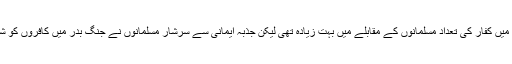
رمضان کے مہینے میں ہی جنگ بدر رونما ہوئی جس میں کفار کی تعداد مسلمانوں کے مقابلے میں بہت زیادہ تھی لیکن جذبہ ایمانی سے سرشار مسلمانوں نے جنگ بدر میں کافروں کو شکست دی اور اسی رمضان المبارک میں مکہ فتح ہو ا ۔